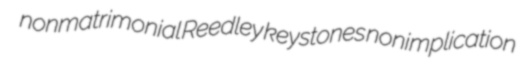
nonmatrimonial Reedley keystones nonimplication